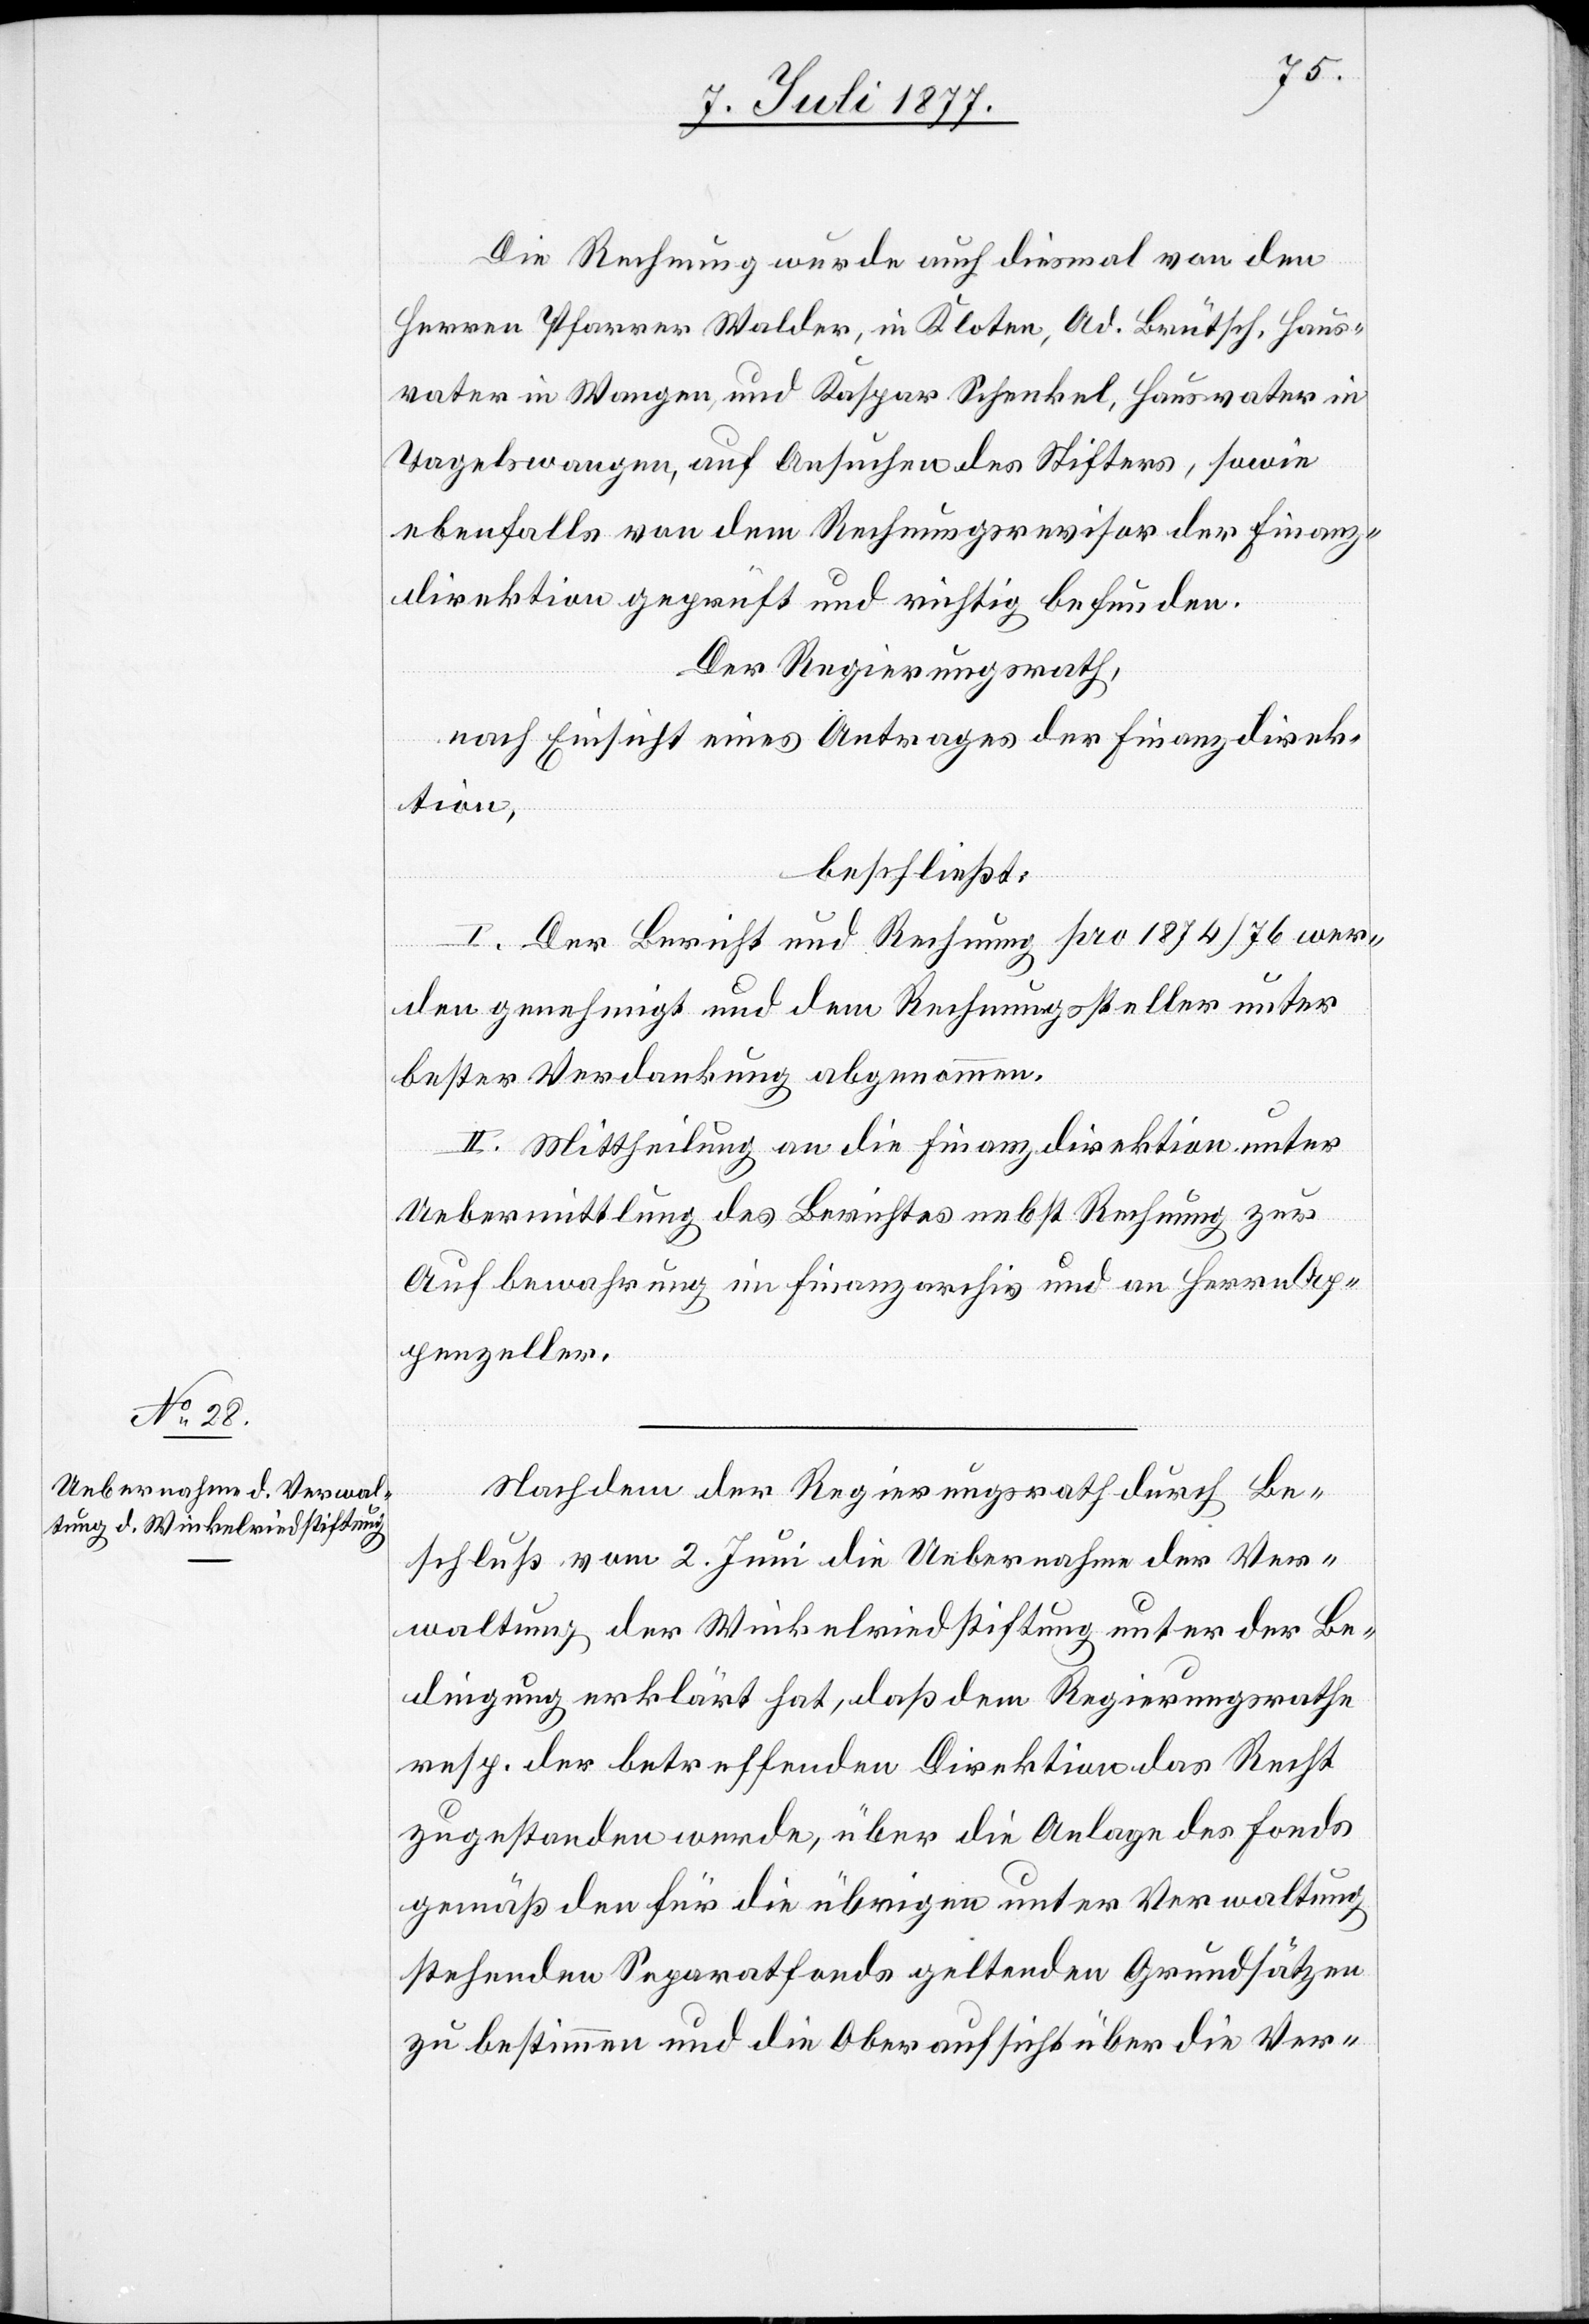
Die Rechnung wurde auch diesmal von den
Herren Pfarrer Walder, in Kloten, Ad. Brütsch, Haus¬
vater in Wangen, und Kaspar Schenkel, Hausvater in
Tagelswangen, auf Ansuchen des Stifters, sowie
ebenfalls von dem Rechnungsrevisor der Finanz¬
direktion geprüft und richtig befunden.
Der Regierungsrath,
nach Einsicht eines Antrages der Finanzdirek¬
tion,
beschließt:
I. Der Bericht und Rechnung pro 1874/76 wer¬
den genehmigt und dem Rechnungssteller unter
bester Verdankung abgenommen.
II. Mittheilung an die Finanzdirektion unter
Uebermittlung des Berichtes nebst Rechnung zur
Aufbewahrung im Finanzarchiv und an Herrn Ap¬
penzeller.
Nachdem der Regierungsrath durch Be¬
schluß vom 2. Juni die Uebernahme der Ver¬
waltung der Winkelriedstiftung unter der Be¬
dingung erklärt hat, daß dem Regierungsrathe
resp. der betreffenden Direktion das Recht
zugestanden werde, über die Anlage des Fonds
gemäß den für die übrigen unter Verwaltung
stehenden Separatfonds geltenden Grundsätzen
zu bestimmen und die Oberaufsicht über die Ver-